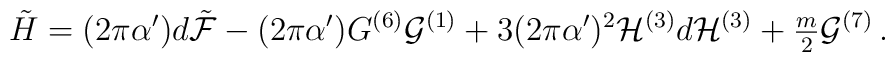
\tilde{H}=(2\pi\alpha^{\prime})d\tilde{\cal F}-(2\pi\alpha^{\prime}) G^{(6)}{\cal G}^{(1)}+3(2\pi\alpha^{\prime})^{2}{\cal H}^{(3)}d{\cal H}^{(3)}+{\textstyle\frac{m}{2}}{\cal G}^{(7)}\, .